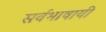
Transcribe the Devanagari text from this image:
सर्वभाषायी